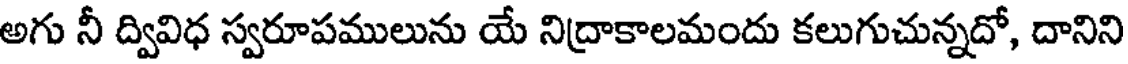
అగు నీ ద్వివిధ స్వరూపములును యే నిద్రాకాలమందు కలుగుచున్నదో, దానిని